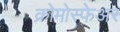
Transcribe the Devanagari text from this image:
क्रोमोस्फेअर